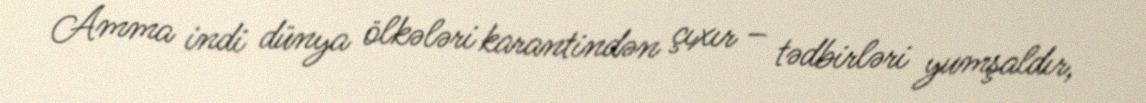
Amma indi dünya ölkələri karantindən çıxır – tədbirləri yumşaldır,